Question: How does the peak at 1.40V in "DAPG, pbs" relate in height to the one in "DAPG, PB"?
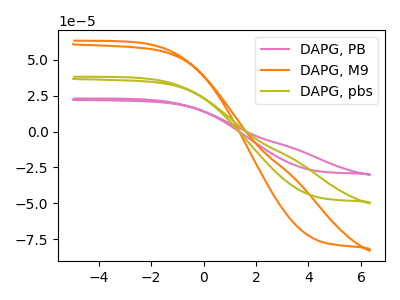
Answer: <think>The pink curve "DAPG, PB" has no peaks. The orange curve "DAPG, M9" has no peaks. The olive curve "DAPG, pbs" has no peaks.</think>
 <answer>"DAPG, pbs" and "DAPG, PB" dont share a peak at 1.40V.</answer>
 <eval>mismatch</eval>